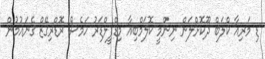
ޑި މަރިއާ ކްލަބް ދޫކޮށްލަން ނިންމީ ކޮލަމްބިއާ މިޑްފީލްޑަރު ހަމެސް ރޮޑްރިގޭޒް ގެނައުމުން